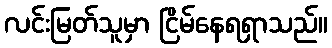
လင်းမြတ်သူမှာ ငြိမ်နေရရှာသည်။